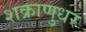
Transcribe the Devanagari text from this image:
शक्राणुधर